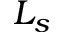
L _ { s }